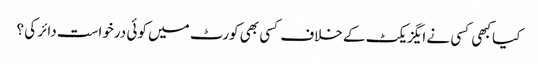
کیا کبھی کسی نے ایگزیکٹ کے خلاف کسی بھی کورٹ میں کوئی درخواست دائر کی ؟